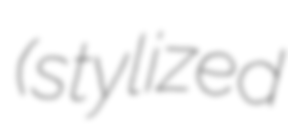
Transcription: (stylized